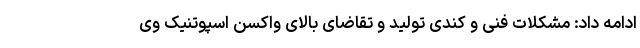
ادامه داد: مشکلات فنی و کندی تولید و تقاضای بالای واکسن اسپوتنیک وی